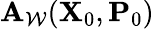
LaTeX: \mathbf{A}_{\mathcal{{W}}}(\mathbf{{X}}_{0},\mathbf{{P}}_{0})